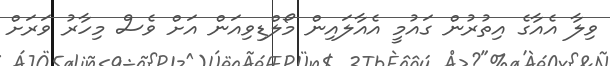
ވިލާ އެއާގެ އިތުރުން ގައުމީ އެއާލައިން މޯލްޑިވިއަން އަށް ވެސް މިހާރު ވަރަށް